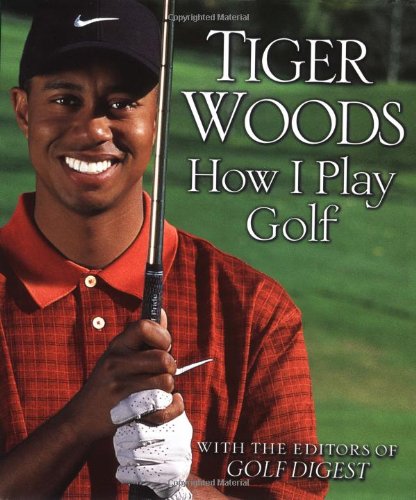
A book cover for How I Play Golf; Tiger Woods; Biographies & Memoirs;